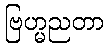
ဗြဟ္မညတာ